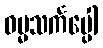
ဓမ္မသင်္ကပ္ပေါ